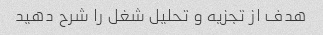
هدف از تجزیه و تحلیل شغل را شرح دهید